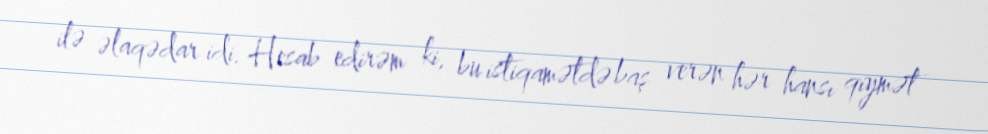
ilə əlaqədar idi. Hesab edirəm ki, bu istiqamətdə baş verən hər hansı qiymət